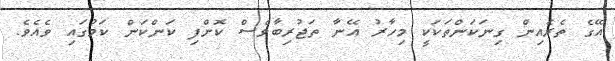
އޭގެ ތެރެއިން ގިނަކަންތަކަކީ މިހާރު އޭނާ ތަޖުރިބާވެސް ކޮށްފި ކަންކަން ކަމުގައި ވެއެވެ.